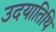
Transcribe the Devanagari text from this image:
उदयातिथि